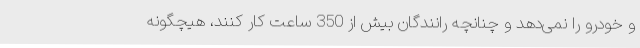
و خودرو را نمی‌دهد و چنانچه رانندگان بیش از 350 ساعت کار کنند، هیچگونه